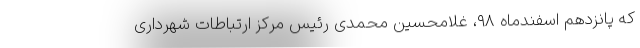
که پانزدهم اسفندماه ۹۸، غلامحسین محمدی رئیس مرکز ارتباطات شهرداری